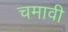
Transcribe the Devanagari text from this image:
चमावी